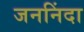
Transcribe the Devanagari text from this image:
जननिंदा